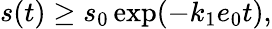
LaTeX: s(t)\geq s_{0}\exp(-k_{1}e_{0}t),